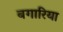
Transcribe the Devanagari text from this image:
बगारिया